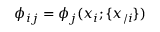
\phi _ { i j } = \phi _ { j } ( x _ { i } ; \{ x _ { \slash i } \} )